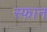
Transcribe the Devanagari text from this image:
स्फान